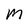
Character: M